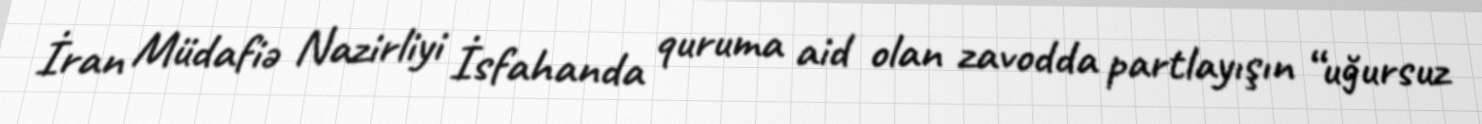
İran Müdafiə Nazirliyi İsfahanda quruma aid olan zavodda partlayışın “uğursuz